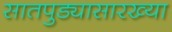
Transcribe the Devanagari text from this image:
सातपुड्यासारख्या